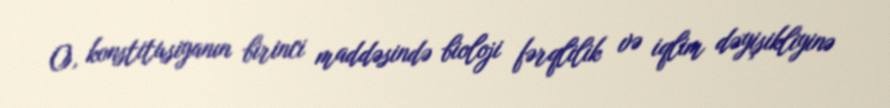
O, konstitusiyanın birinci maddəsində bioloji fərqlilik və iqlim dəyişikliyinə